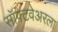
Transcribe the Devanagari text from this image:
सॉफ़्टवेअरला